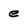
Character: e